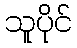
သူပိုင်